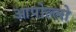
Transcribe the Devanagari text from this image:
आपोल्लो